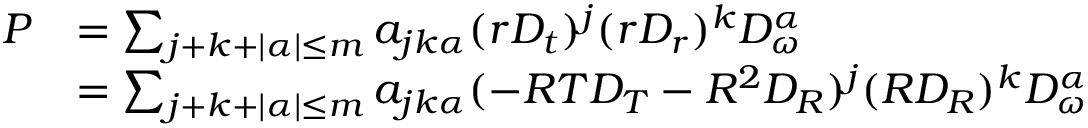
\begin{array} { r l } { P } & { = \sum _ { j + k + | \alpha | \leq m } a _ { j k \alpha } ( r D _ { t } ) ^ { j } ( r D _ { r } ) ^ { k } D _ { \omega } ^ { \alpha } } \\ & { = \sum _ { j + k + | \alpha | \leq m } a _ { j k \alpha } ( - R T D _ { T } - R ^ { 2 } D _ { R } ) ^ { j } ( R D _ { R } ) ^ { k } D _ { \omega } ^ { \alpha } } \end{array}